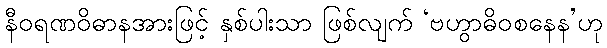
နီဝရဏဝိဓာနအားဖြင့် နှစ်ပါးသာ ဖြစ်လျက် ‘ဗဟွာဓိဝစနေန’ဟု